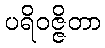
ပရိဝဇ္ဇိတာ